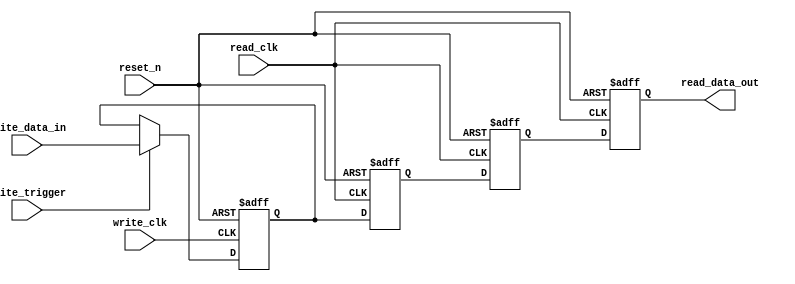
// This program was cloned from: https://github.com/Mazamars312/Analogue-Amiga
// License: GNU General Public License v3.0

// This is a reg over two clock domains

module clock_reg_latch #(parameter data_size=32 )(
	input                          write_clk,        // the APF clock
	input                          read_clk,        // the system clock
	input                          reset_n,
	input                          write_trigger,
	input [data_size-1:0]          write_data_in,
	output reg [data_size-1:0]     read_data_out
);

reg [data_size-1:0] write_reg_triggered;

always @(posedge write_clk or negedge reset_n) begin
    if (~reset_n) begin
        write_reg_triggered <= 'b0;
    end
    else begin
        if (write_trigger) write_reg_triggered <= write_data_in;
    end
end

reg [data_size-1:0] read_data_clocked_1, read_data_clocked_2;

always @(posedge read_clk or negedge reset_n) begin
    if (~reset_n) begin
        read_data_clocked_1 <= 'b0;
        read_data_clocked_2 <= 'b0;
        read_data_out <= 'b0;
    end
    else begin
        read_data_clocked_1 <= write_reg_triggered;
        read_data_clocked_2 <= read_data_clocked_1;
        read_data_out <= read_data_clocked_2;
    end
end

endmodule